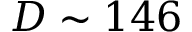
D \sim 1 4 6